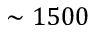
\sim 1 5 0 0